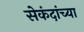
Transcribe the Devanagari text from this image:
सेकंदांच्या